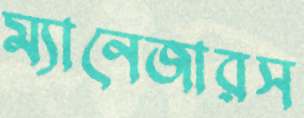
ম্যানেজারস